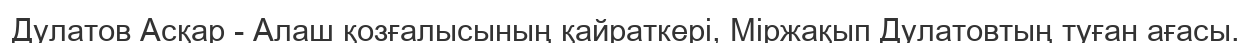
Дулатов Асқар - Алаш қозғалысының қайраткері, Міржақып Дулатовтың туған ағасы.